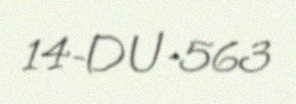
14-DU-563